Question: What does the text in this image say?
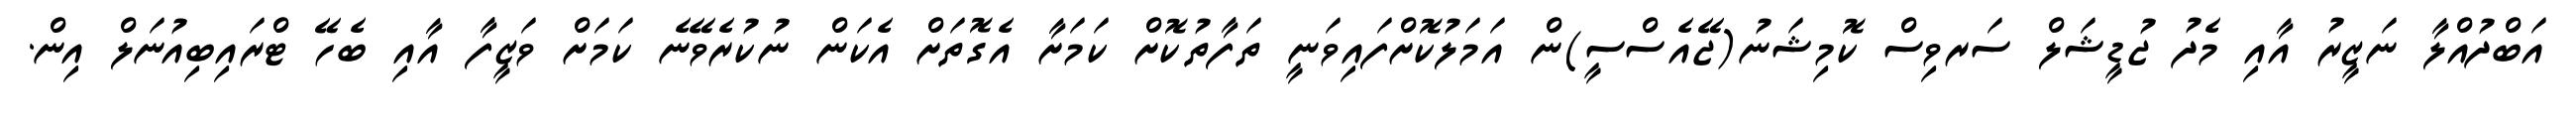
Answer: އަބްދުއްލާ ނަޒީރު އާއި މެދު ޖުޑީޝަލް ސަރވިސް ކޮމިޝަނު(ޖޭއެސްސީ)ން އަމަލުކޮށްފައިވަނީ ތަފާތުކޮށް ކަމަށާ އެގޮތަށް އެކަން ނުކުރެވޭނެ ކަމަށް ވަޒީފާ އާއި ބެހޭ ޓްރައިބިއުނަލް އިން.